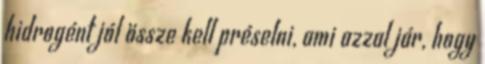
hidrogént jól össze kell préselni, ami azzal jár, hogy